Report of the Bombay Veterinary College
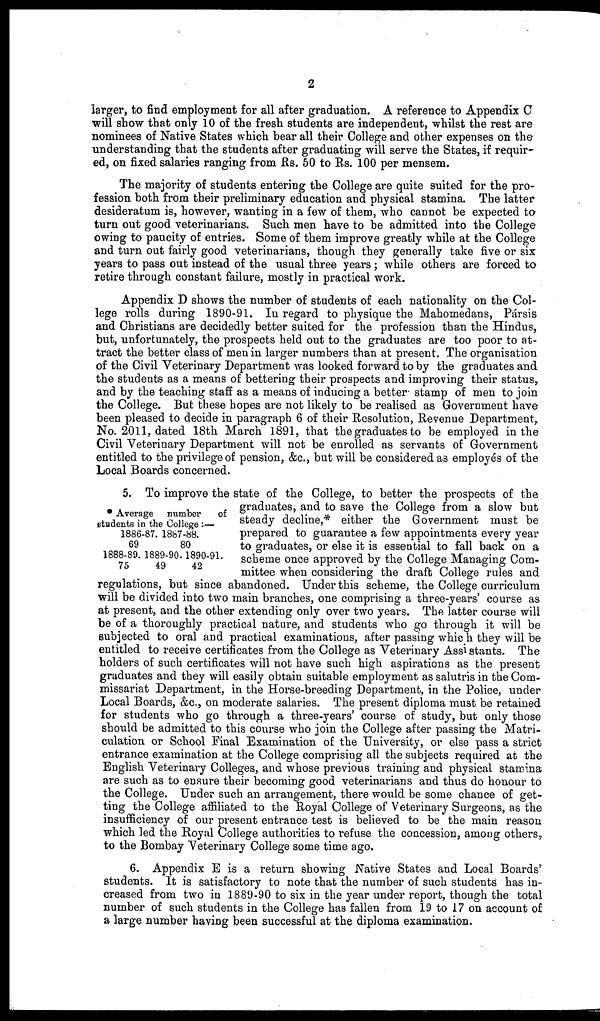
2
larger, to find employment for all after graduation. A reference to Appendix C
will show that only 10 of the fresh students are independent, whilst the rest are
nominees of Native States which bear all their College and other expenses on the
understanding that the students after graduating will serve the States, if requir-
ed, on fixed salaries ranging from Rs. 50 to Rs. 100 per mensem.
The majority of students entering the College are quite suited for the pro-
fession both from their preliminary education and physical stamina. The latter
desideratum is, however, wanting in a few of them, who cannot be expected to
turn out good veterinarians. Such men have to be admitted into the College
owing to paucity of entries. Some of them improve greatly while at the College
and turn out fairly good veterinarians, though they generally take five or six
years to pass out instead of the usual three years; while others are forced to
retire through constant failure, mostly in practical work.
Appendix D shows the number of students of each nationality on the Col-
lege rolls during 1890-91. In regard to physique the Mahomedans, Pársis
and Christians are decidedly better suited for the profession than the Hindus,
but, unfortunately, the prospects held out to the graduates are too poor to at-
tract the better class of men in larger numbers than at present. The organisation
of the Civil Veterinary Department was looked forward to by the graduates and
the students as a means of bettering their prospects and improving their status,
and by the teaching staff as a means of inducing a better stamp of men to join
the College. But these hopes are not likely to be realised as Government have
been pleased to decide in paragraph 6 of their Resolution, Revenue Department,
No. 2011, dated 18th March 1891, that the graduates to be employed in the
Civil Veterinary Department will not be enrolled as servants of Government
entitled to the privilege of pension, &c., but will be considered as employés of the
Local Boards concerned.
* Average number
of
students in the College :—
1886-87. 1887-88.
69
80
1888-89. 1889-90.1890-91.
75
49
42
5. To improve the state of the College, to better the prospects of the
graduates, and to save the College from a slow but
steady decline,* either the Government must be
prepared to guarantee a few appointments every year
to graduates, or else it is essential to fall back on a
scheme once approved by the College Managing. Com-
mittee when considering the draft College rules and
regulations, but since abandoned. Under this scheme, the College curriculum
will be divided into two main branches, one comprising a three-years' course as
at present, and the other extending only over two years. The latter course will
be of a thoroughly practical nature, and students who go through it will be
subjected to oral and practical examinations, after passing which they will be
entitled to receive certificates from the College as Veterinary Assistants. The
holders of such certificates will not have such high aspirations as the present
graduates and they will easily obtain suitable employment as salutris in the Com-
missariat Department, in the Horse-breeding Department, in the Police, under
Local Boards, &c., on moderate salaries. The present diploma must be retained
for students who go through a three-years' course of study, but only those
should be admitted to this course who join the College after passing the Matri-
culation, or School Final Examination of the University, or else pass a strict
entrance examination at the College comprising all the subjects required at the
English Veterinary Colleges, and whose previous training and physical stamina
are such as to ensure their becoming good veterinarians and thus do honour to
the College. Under such an arrangement, there would be some chance of get-
ting the College affiliated to the Royal College of Veterinary Surgeons, as the
insufficiency of our present entrance test is believed to be the main reason
which led the Royal College authorities to refuse the concession, among others,
to the Bombay Veterinary College some time ago.
6. Appendix E is a return showing Native States and Local Boards'
students. It is satisfactory to note that the number of such students has in-
creased from two in 1889-90 to six in the year under report, though the total
number of such students in the College has fallen from 19 to 17 on account of
a large number having been successful at the diploma examination.